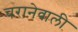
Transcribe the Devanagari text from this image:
चरानेवाली